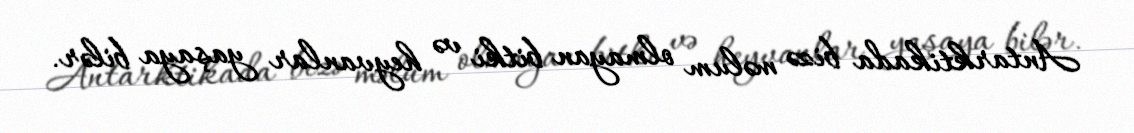
Antarktikada bizə məlum olmayan bitki və heyvanlar yaşaya bilər.